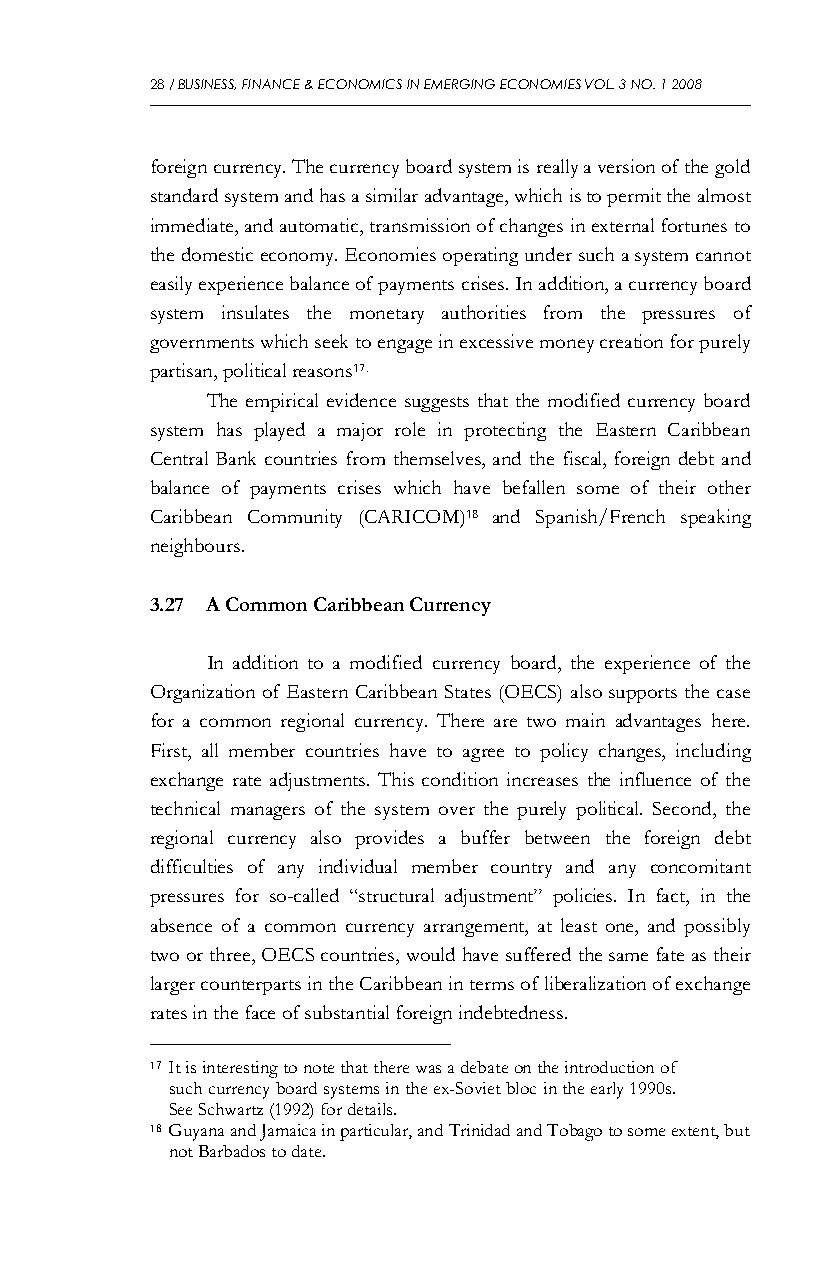
28 / BUSINESS, FINANCE & ECONOMICS IN EMERGING ECONOMIES VOL. 3 NO. 1 2008
 foreign currency. The currency board system is really a version of the gold
 standard system and has a similar advantage, which is to permit the almost
 immediate, and automatic, transmission of changes in external fortunes to
 the domestic economy. Economies operating under such a system cannot
 easily experience balance of payments crises. In addition, a currency board
 system insulates the monetary authorities from the pressures of
 governments which seek to engage in excessive money creation for purely
 partisan, political reasons17.
 The empirical evidence suggests that the modified currency board
 system has played a major role in protecting the Eastern Caribbean
 Central Bank countries from themselves, and the fiscal, foreign debt and
 balance of payments crises which have befallen some of their other
 Caribbean Community (CARICOM)18 and Spanish/French speaking
 neighbours.
 3.27 A Common Caribbean Currency
 In addition to a modified currency board, the experience of the
 Organization of Eastern Caribbean States (OECS) also supports the case
 for a common regional currency. There are two main advantages here.
 First, all member countries have to agree to policy changes, including
 exchange rate adjustments. This condition increases the influence of the
 technical managers of the system over the purely political. Second, the
 regional currency also provides a buffer between the foreign debt
 difficulties of any individual member country and any concomitant
 pressures for so-called “structural adjustment” policies. In fact, in the
 absence of a common currency arrangement, at least one, and possibly
 two or three, OECS countries, would have suffered the same fate as their
 larger counterparts in the Caribbean in terms of liberalization of exchange
 rates in the face of substantial foreign indebtedness.
 17 It is interesting to note that there was a debate on the introduction of
 such currency board systems in the ex-Soviet bloc in the early 1990s.
 See Schwartz (1992) for details.
 18 Guyana and Jamaica in particular, and Trinidad and Tobago to some extent, but
 not Barbados to date.